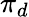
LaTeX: \pi_{d}